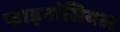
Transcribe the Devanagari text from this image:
फाइनांसियल